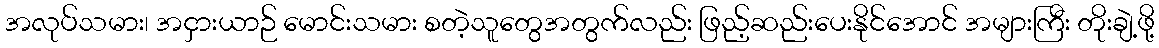
အလုပ်သမား၊ အငှားယာဉ် မောင်းသမား စတဲ့သူတွေအတွက်လည်း ဖြည့်ဆည်းပေးနိုင်အောင် အများကြီး တိုးချဲ့ဖို့